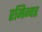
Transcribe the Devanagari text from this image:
रमिन्दर